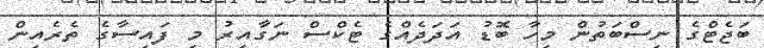
ބަޖެޓްގެ ނިސްބަތުން މިހާ ބޮޑު އަދަދެއްގެ ޓެކްސް ނަގާއިރު މި ފައިސާގެ ތެރެއިން